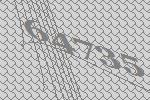
64735